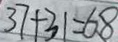
3 7 + 3 1 = 6 8